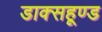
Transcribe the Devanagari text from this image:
डाक्सहूण्ड